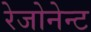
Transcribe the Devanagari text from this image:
रेजोनेन्ट